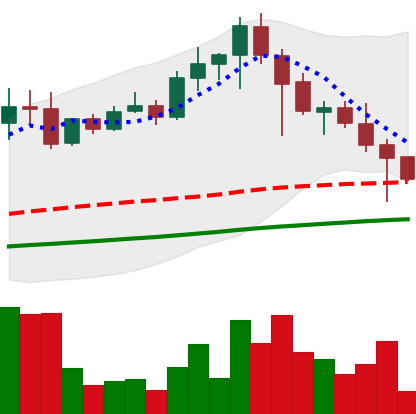
Ticker: EOS-USD
Chart end date: 2021-04-24
Forward return: 15.923%
Label: up_7plus